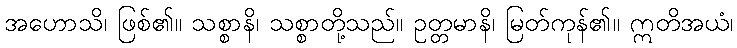
အဟောသိ၊ ဖြစ်၏။ သစ္စာနိ၊ သစ္စာတို့သည်။ ဥတ္တမာနိ၊ မြတ်ကုန်၏။ ဣတိအယံ၊